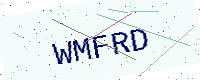
Text: WMFRD